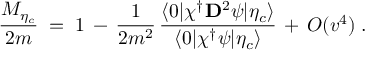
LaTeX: { \frac { M _ { \eta _ { c } } } { 2 m } } \; = \; 1 \, - \, { \frac { 1 } { 2 m ^ { 2 } } } \, { \frac { \langle 0 | \chi ^ { \dagger } { \bf D } ^ { 2 } \psi | \eta _ { c } \rangle } { \langle 0 | \chi ^ { \dagger } \psi | \eta _ { c } \rangle } } \, + \, O ( v ^ { 4 } ) \; .